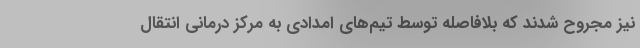
نیز مجروح شدند که بلافاصله‌ توسط تیم‌های امدادی به مرکز درمانی انتقال